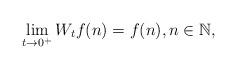
LaTeX: \begin{align*}\lim_{t\to 0^+}W_tf(n)=f(n), n\in \mathbb{N},\end{align*}